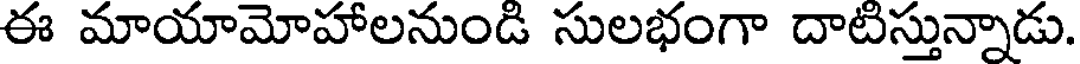
ఈ మాయామోహాలనుండి సులభంగా దాటిస్తున్నాడు.